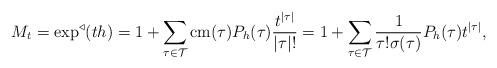
LaTeX: \begin{align*}&M_t= \exp^{\triangleleft}(th)=1+ \sum_{\tau\in\mathcal T}\operatorname{cm}(\tau)P_h(\tau)\frac{t^{|\tau|}}{|\tau|!} =1+ \sum_{\tau\in\mathcal T}\frac{1}{\tau!\sigma(\tau)}P_h(\tau)t^{|\tau|},\end{align*}